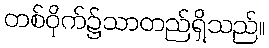
တစ်ဝိုက်၌သာတည်ရှိသည်။